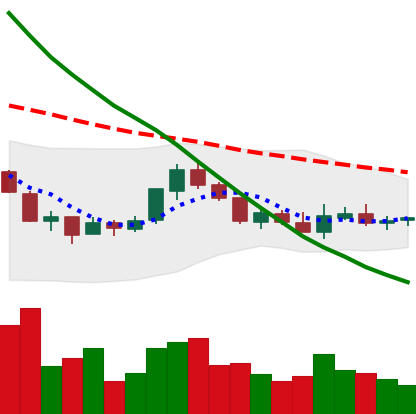
Ticker: NEO-USD
Chart end date: 2018-07-28
Forward return: -15.456%
Label: down_7plus